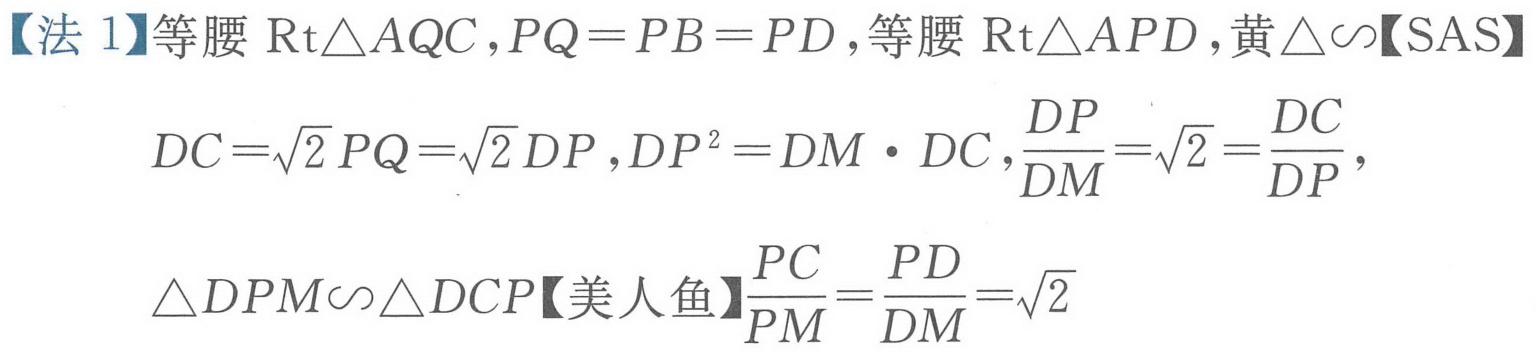
【法 1】等腰 $\mathrm{Rt}\triangle AQC,PQ = PB = PD$,等腰 $\mathrm{Rt}\triangle APD$,黄 $\triangle\sim$【SAS】
\[
DC=\sqrt{2}PQ=\sqrt{2}DP,DP^{2}=DM\cdot DC,\frac{DP}{DM}=\sqrt{2}=\frac{DC}{DP},
\]
\[
\triangle DPM\sim\triangle DCP【美人鱼】\frac{PC}{PM}=\frac{PD}{DM}=\sqrt{2}
\]